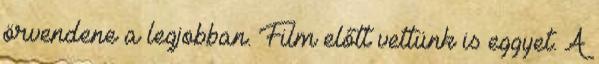
örvendene a legjobban. Film előtt vettünk is eggyet. A